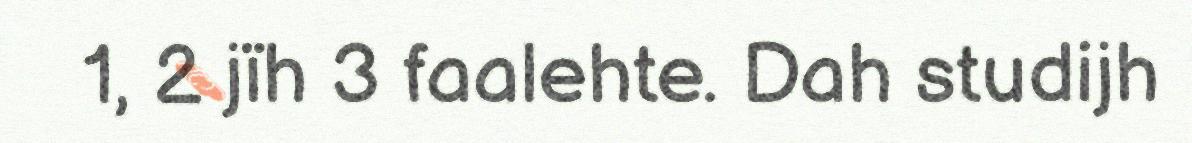
1, 2 jïh 3 faalehte. Dah studijh